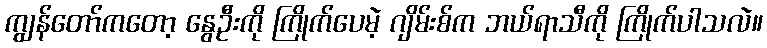
ကျွန်တော်ကတော့ နွေဦးကို ကြိုက်ပေမဲ့ ဂျိမ်းစ်က ဘယ်ရာသီကို ကြိုက်ပါသလဲ။